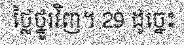
ថ្លៃថ្នូរវិញ។ 29 ដូច្នេះ